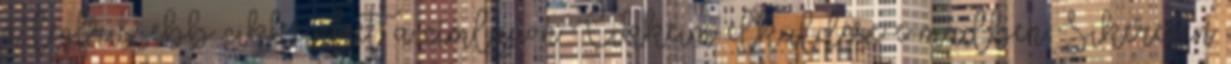
a legfrissebb cikkeinket a címlapon Cikkeim elküldése e-mailben Sikeresen